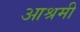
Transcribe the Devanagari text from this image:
आश्रमी